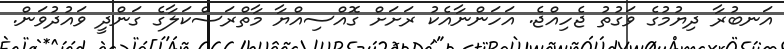
އަނބުރާ ދިޔުމުގެ ވަގުތު ޖެހިއްޖެ. އަހަންނާއެކު ރަށަށް ގޮއްސިއްޔާ މާތްރަސްކަލާގެ ގަންދީ ވައުދުވަން.